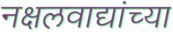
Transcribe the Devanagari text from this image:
नक्षलवाद्यांच्या